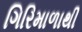
ગિરિમાળાથી